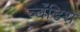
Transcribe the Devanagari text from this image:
ब्लँडिश